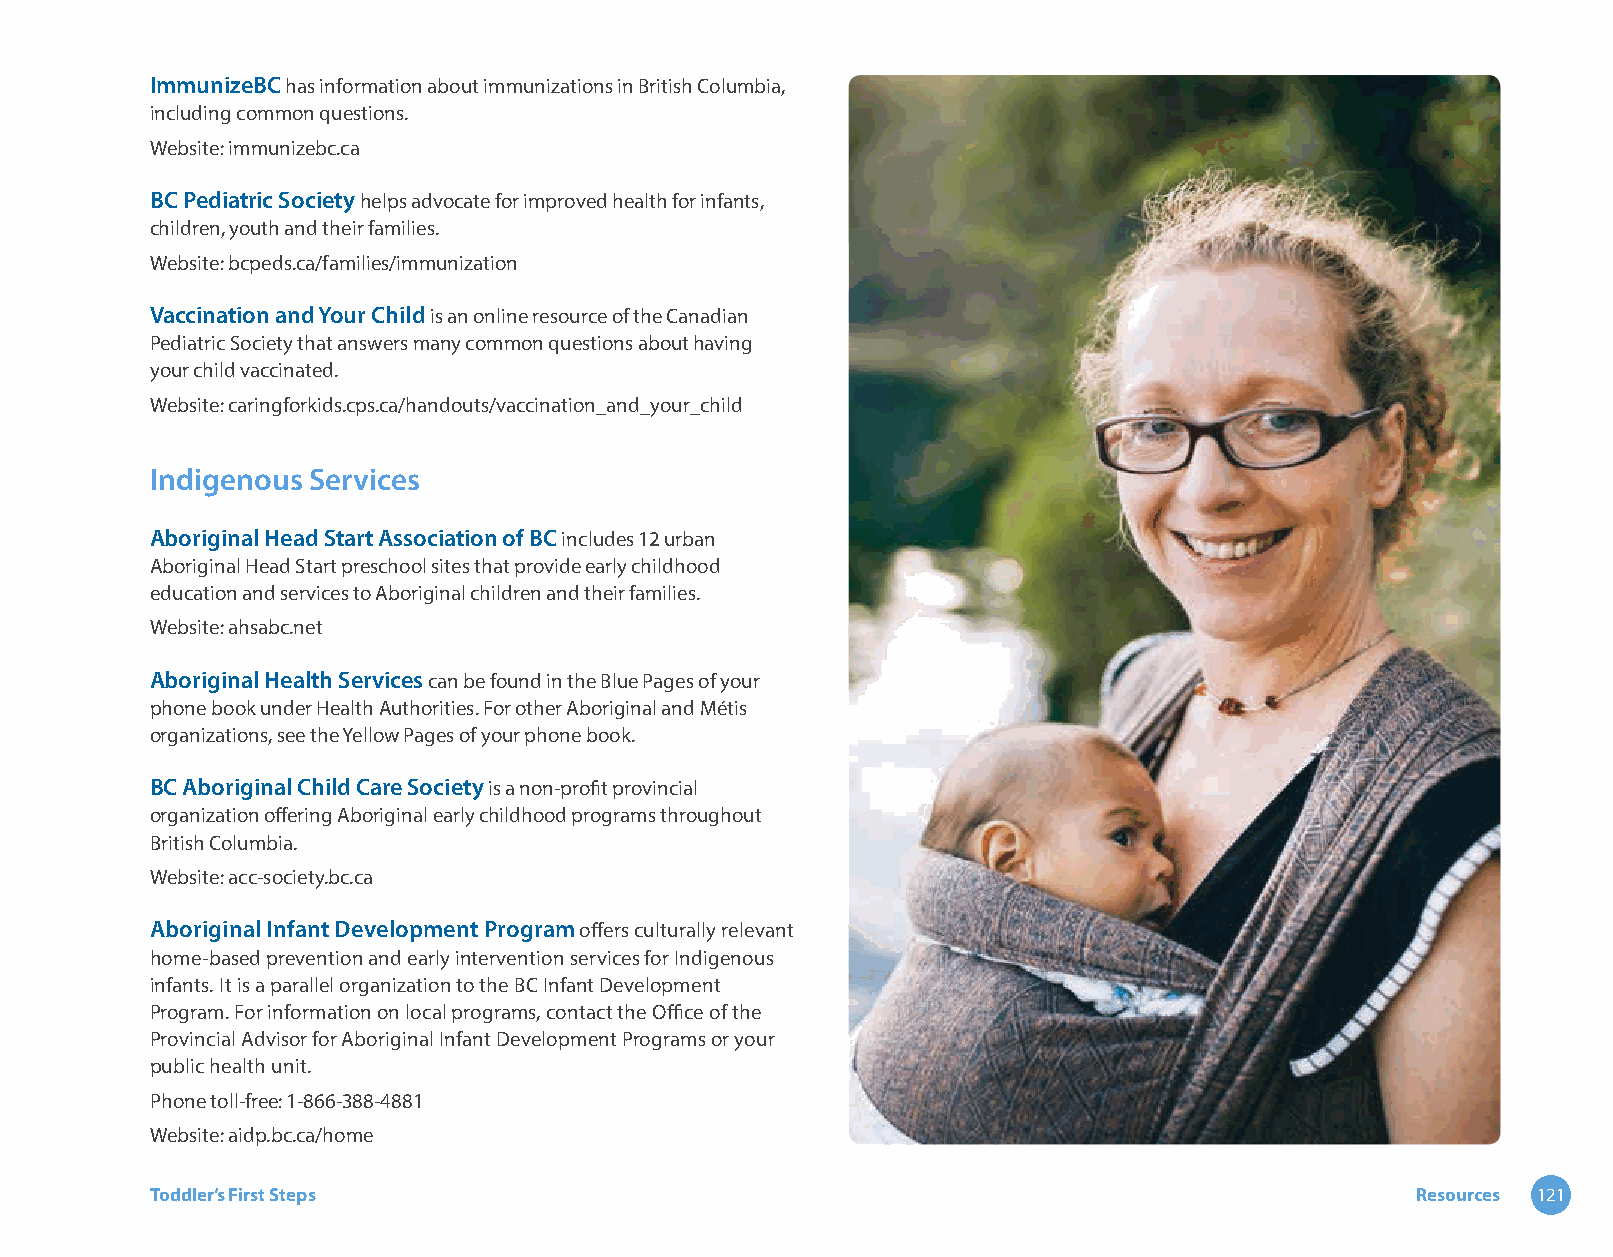
ImmunizeBC has information about immunizations in British Columbia,
 including common questions.
 Website: immunizebc.ca
 BC Pediatric Society helps advocate for improved health for infants,
 children, youth and their families.
 Website: bcpeds.ca/families/immunization
 Vaccination and Your Child is an online resource of the Canadian
 Pediatric Society that answers many common questions about having
 your child vaccinated.
 Website: caringforkids.cps.ca/handouts/vaccination_and_your_child
 Indigenous Services
 Aboriginal Head Start Association of BC includes 12 urban
 Aboriginal Head Start preschool sites that provide early childhood
 education and services to Aboriginal children and their families.
 Website: ahsabc.net
 Aboriginal Health Services can be found in the Blue Pages of your
 phone book under Health Authorities. For other Aboriginal and Métis
 organizations, see the Yellow Pages of your phone book.
 BC Aboriginal Child Care Society is a non-profit provincial
 organization offering Aboriginal early childhood programs throughout
 British Columbia.
 Website: acc-society.bc.ca
 Aboriginal Infant Development Program offers culturally relevant
 home-based prevention and early intervention services for Indigenous
 infants. It is a parallel organization to the BC Infant Development
 Program. For information on local programs, contact the Office of the
 Provincial Advisor for Aboriginal Infant Development Programs or your
 public health unit.
 Phone toll-free: 1-866-388-4881
 Website: aidp.bc.ca/home
 Toddler’s First Steps                                                               Resources 121